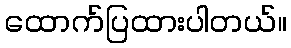
ထောက်ပြထားပါတယ်။